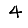
Digit: 4